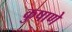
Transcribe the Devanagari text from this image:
कुषाणे